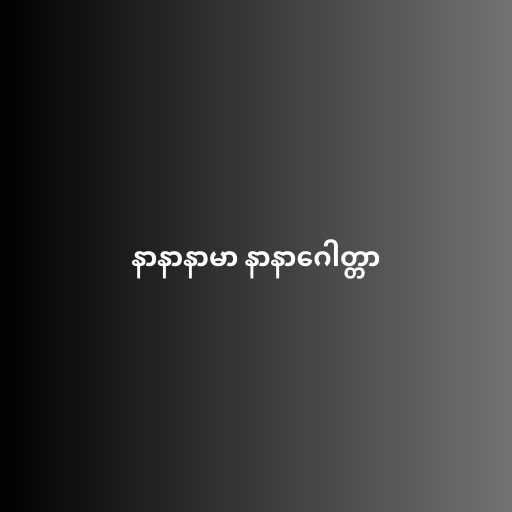
နာနာနာမာ နာနာဂေါတ္တာ